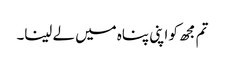
تم مجھ کو اپنی پناہ میں لے لینا۔